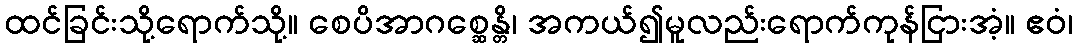
ထင်ခြင်းသို့ရောက်သို့။ စေပိအာဂစ္ဆေန္တိ၊ အကယ်၍မူလည်းရောက်ကုန်ငြားအံ့။ ဧဝံ၊